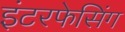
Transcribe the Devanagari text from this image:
इंटरफेसिंग